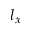
l _ { x }